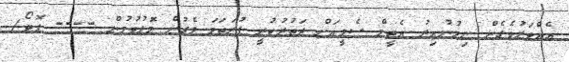
އެއްވަރުވެގެން ނިމުނުއިރު އެޓީމް ސެމީއަށް ދަތުރުކުރީ ފުރަތަމަ ލެގުން މޮޅުވުމުން ---- ފޮޓޯ/